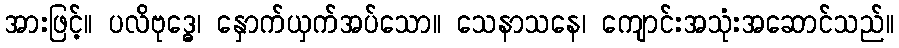
အားဖြင့်။ ပလိဗုဒ္ဓေ၊ နှောက်ယှက်အပ်သော။ သေနာသနေ၊ ကျောင်းအသုံးအဆောင်သည်။